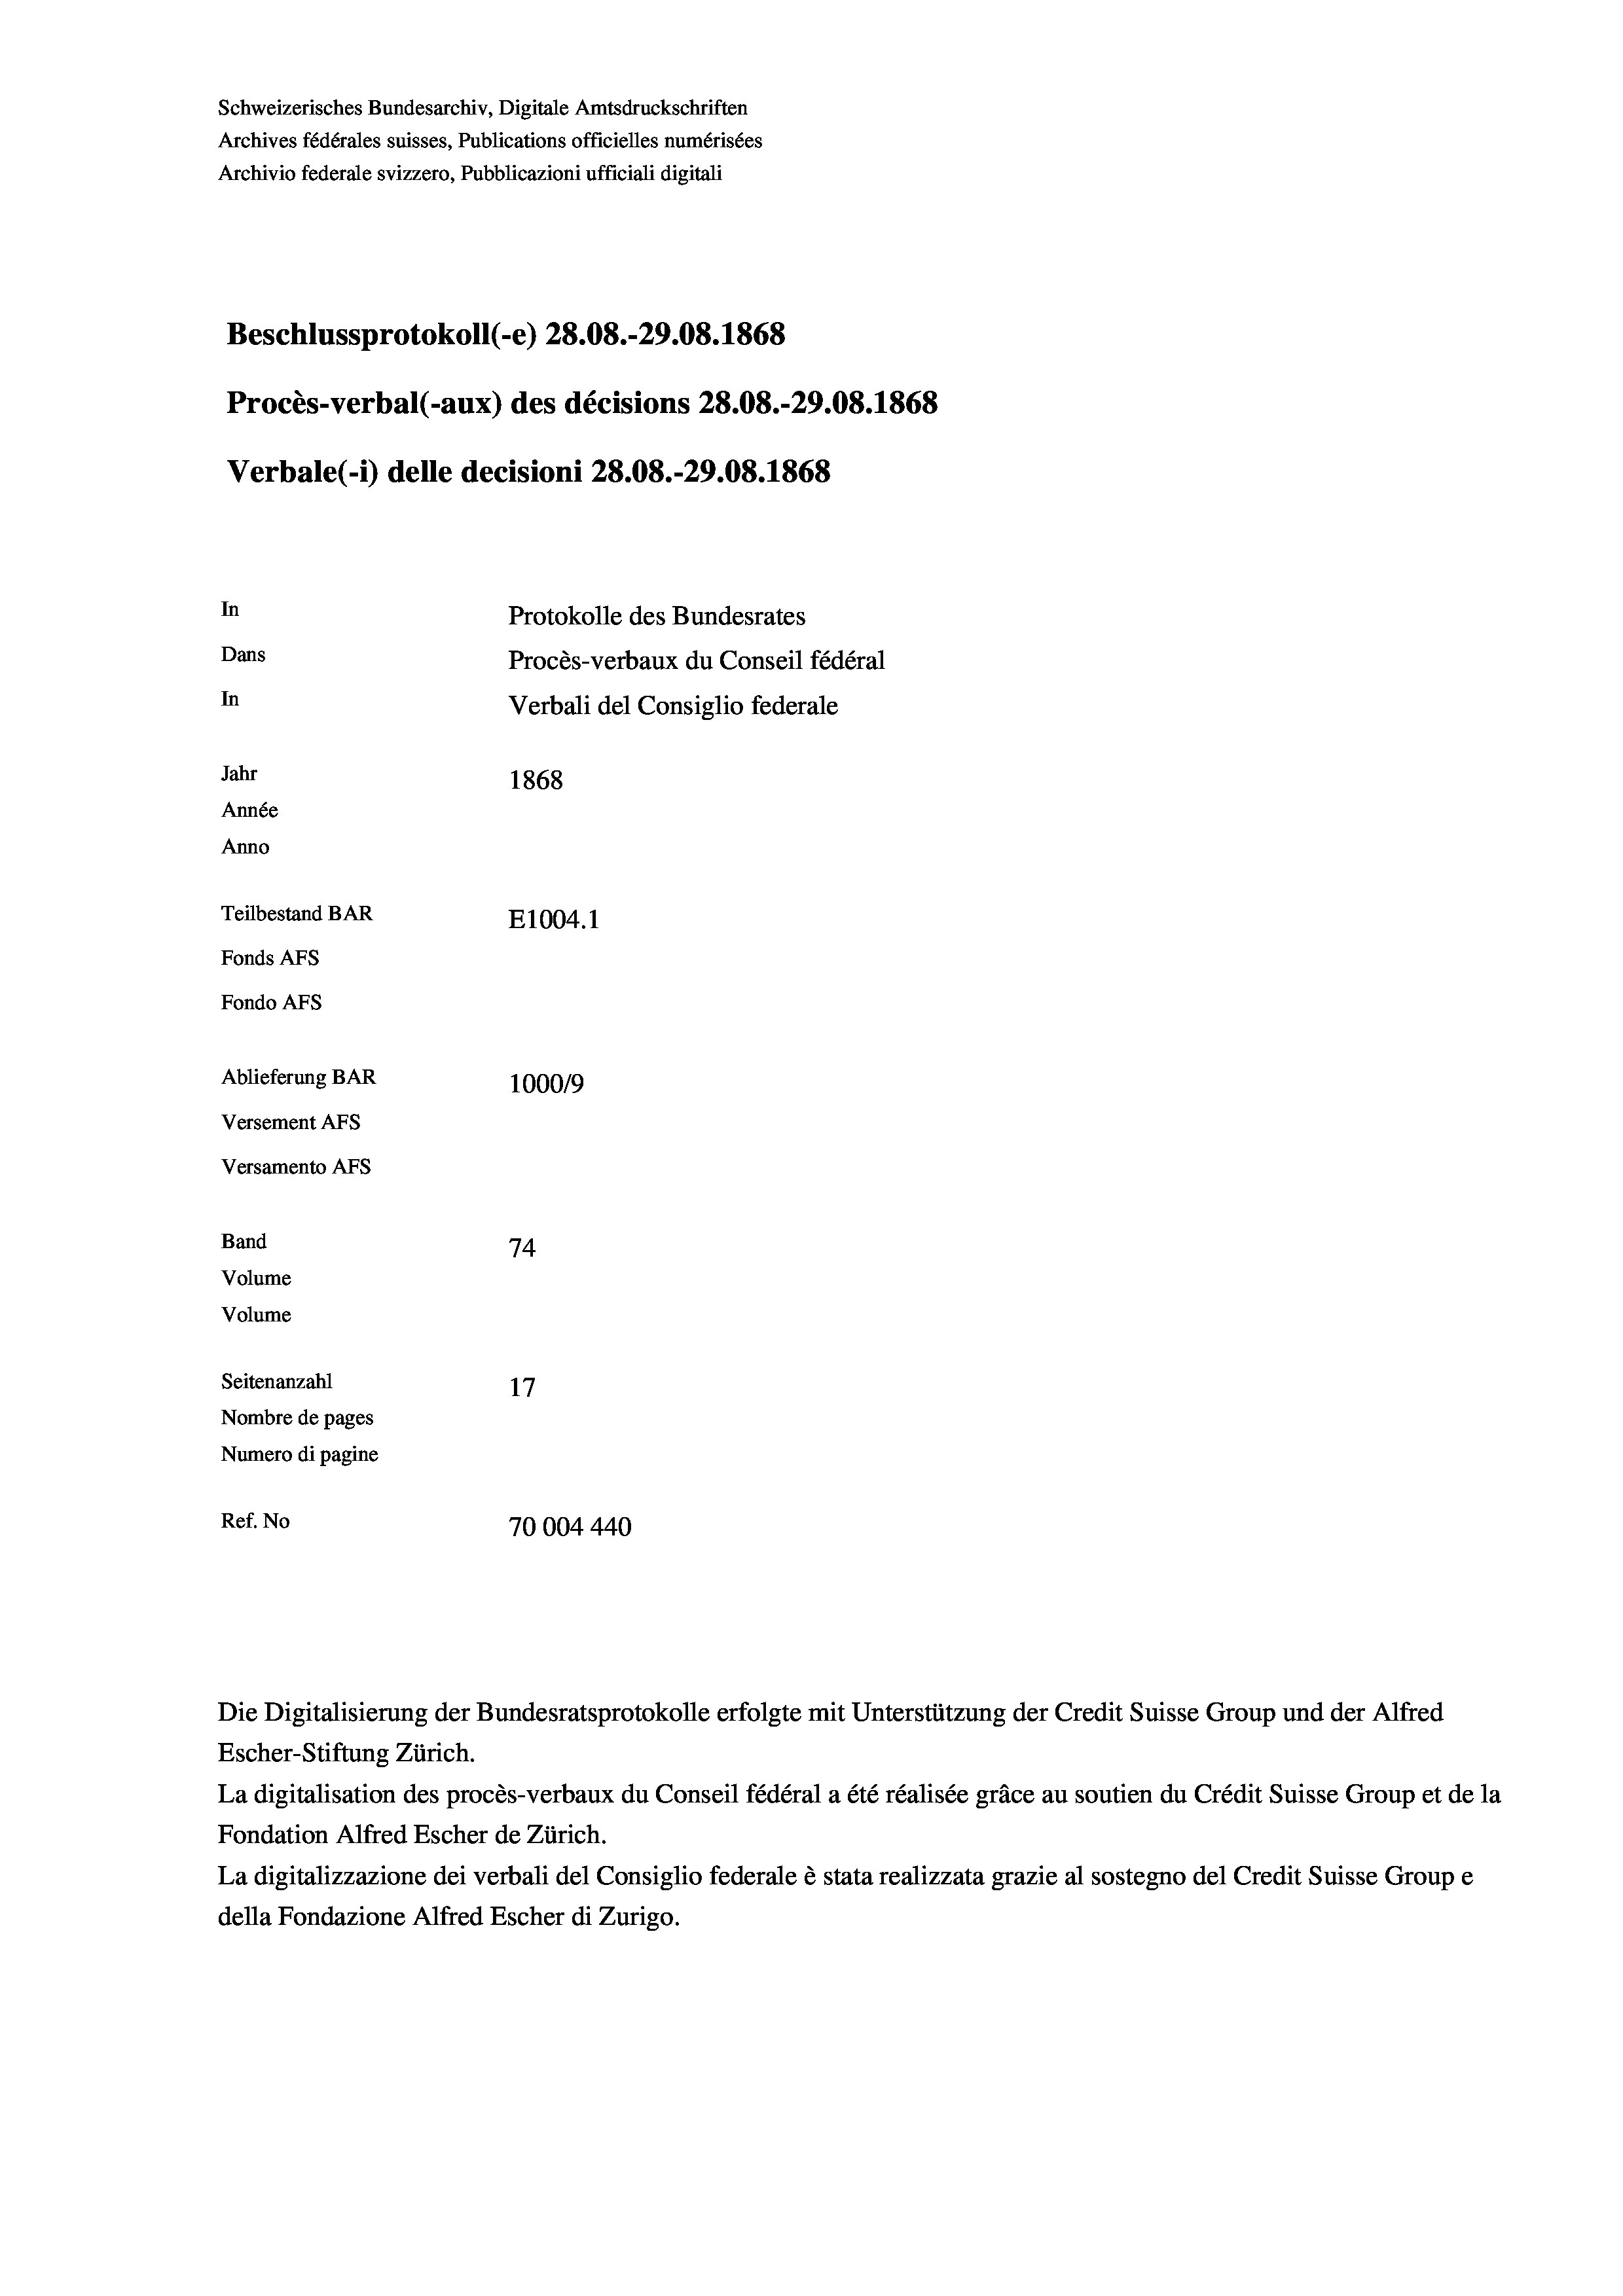
Schweizerisches Bundesarchiv, Digitale Amtsdruckschriften
Archives fédérales suisses, Publications officielles numérisées
Archivio federale svizzero, Pubblicazioni ufficiali digitali
Beschlussprotokoll (-e) 28.08.-29.08. 1868
Procès-verbal (-aux) des décisions 28.08.-29.08. 1868
Verbale (1) delle decisioni 28.08.-29.08. 1868
In
Protokolle des Bundesrates
Dans
Procès-verbaux du Conseil fédéral
In
Verbali del Consiglio federale
Jahr
1868
Année
Anno
Teilbestand BAR
E1004. 1
Fonds AFs
Fondo Afs
Ablieferung BAR
100019
Versement AFs
Versamento Afs
Band
74
Volume

Seitenanzahl
17
Nombre de pages
Numero di pagine
Ref. No
70004440

Volume

Die Digitalisierung der Bundesratsprotokolle erfolgte mit Unterstützung der Credit Suisse Group und der Alfred
Escher-Stiftung Zürich.
La digitalisation des procès-verbaux du Conseil fédéral a été réalisée gräce au soutien du Crédit Suisse Group et de la
Fondation Alfred Escher de Zürich.
La digitalizzazione dei verbali del Consiglio federale è stata realizzata grazie al sostegno del Credit Suisse Groupe
della Fondazione Alfred Escher di Zurigo.